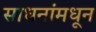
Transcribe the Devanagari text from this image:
साधनांमधून